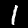
Label: 1